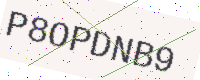
Text: P8OPDNB9